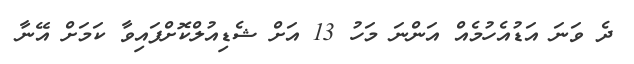
ދެ ވަނަ އަޑުއެހުމެއް އަންނަ މަހު 13 އަށް ޝެޑިއުލްކޮށްފައިވާ ކަމަށް އޭނާ